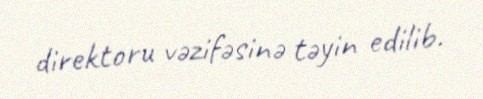
direktoru vəzifəsinə təyin edilib.